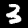
Digit: 3